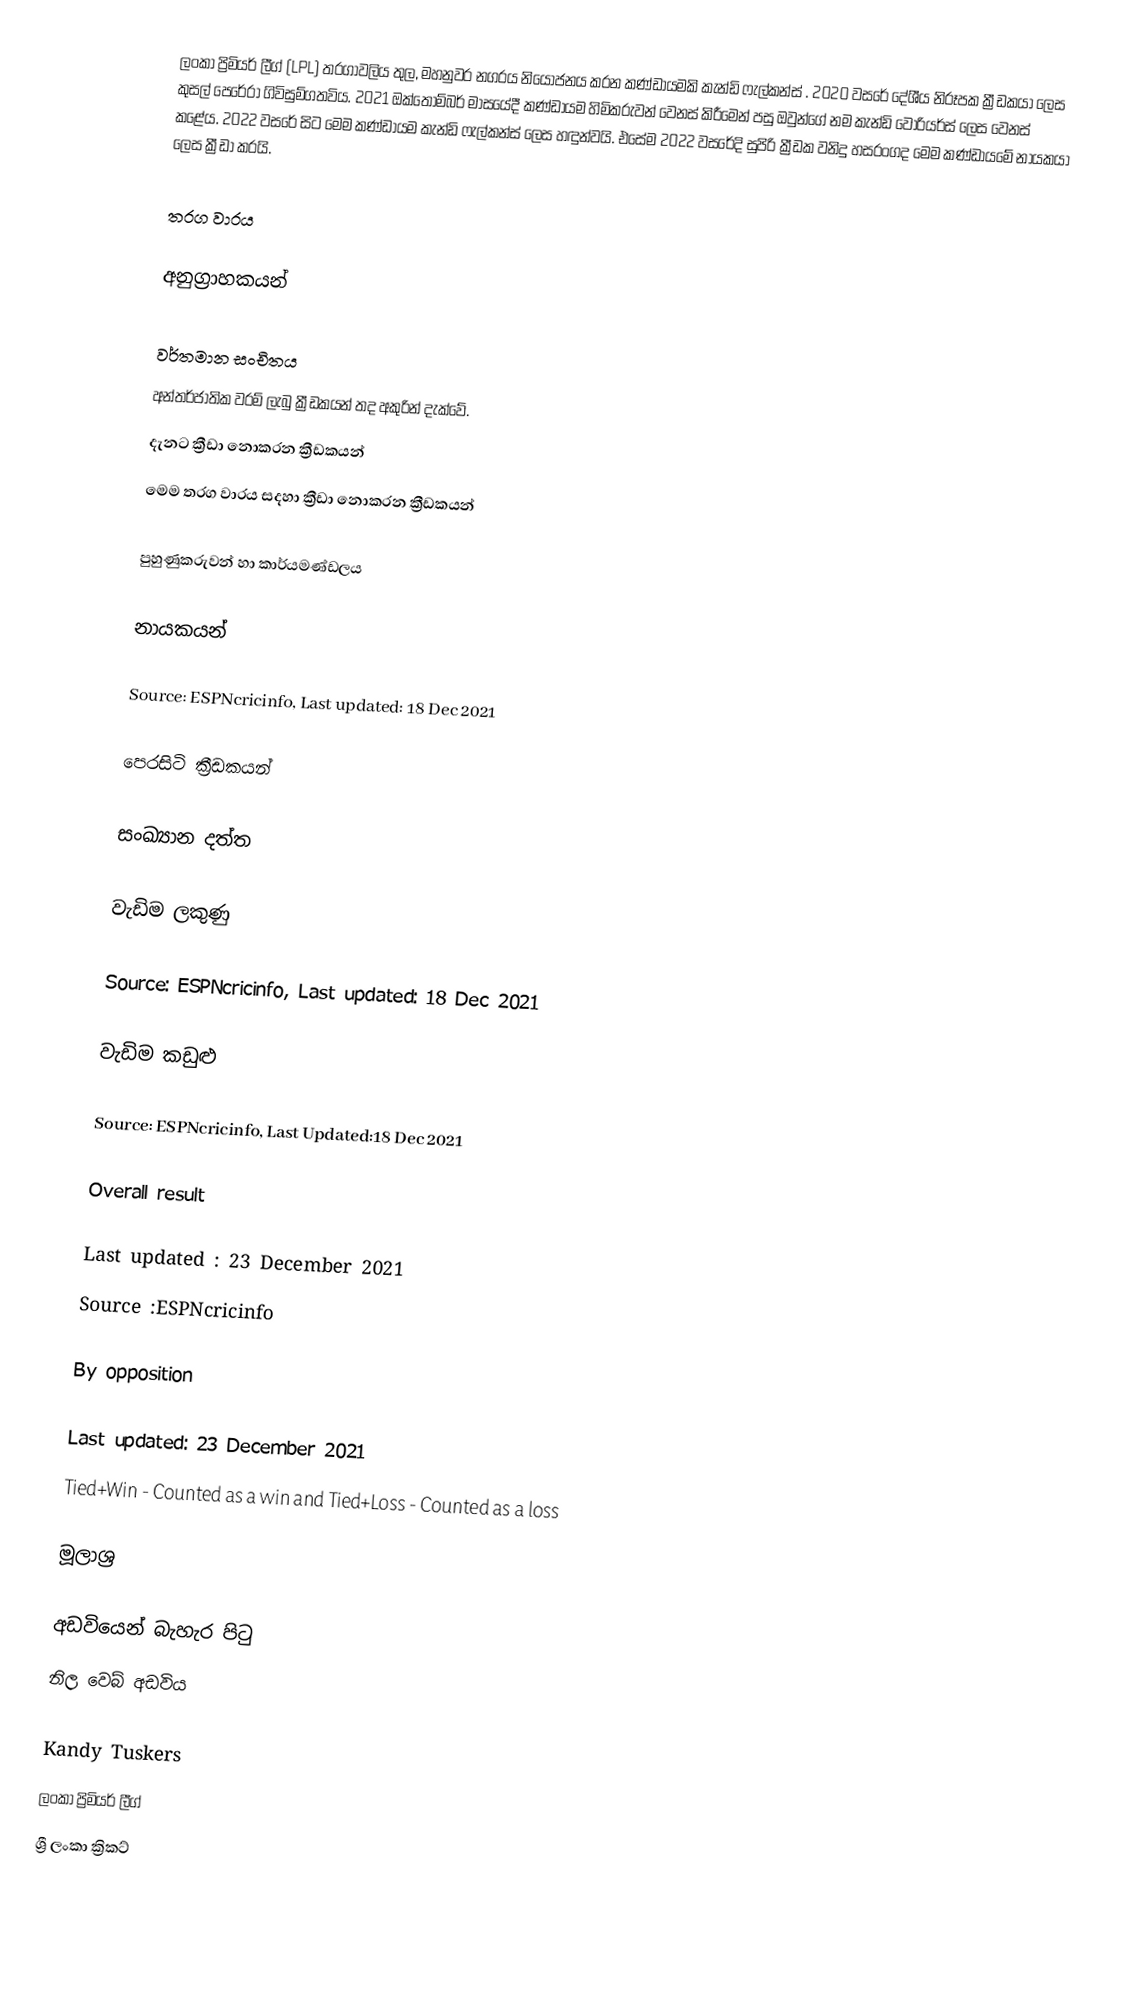
ලංකා ප්‍රිමියර් ලීග් (LPL) තරගාවලිය තුල, මහනුවර නගරය නියෝජනය කරන කණ්ඩායමකි  කැන්ඩි ෆැල්කන්ස් . 2020 වසරේ දේශීය නිරූපක ක්‍රීඩකයා ලෙස කුසල් පෙරේරා ගිවිසුම්ගතවිය.  2021 ඔක්තෝම්බර් මාසයේදී කණ්ඩායම හිමිකරුවන් වෙනස් කිරීමෙන් පසු ඔවුන්ගේ නම කැන්ඩි වොරියර්ස් ලෙස වෙනස් කළේය. 2022  වසරේ සිට මෙම කණ්ඩායම කැන්ඩි ෆැල්කන්ස් ලෙස හඳුන්වයි. එසේම 2022 වසරේදි සුපිරි ක්‍රීඩක වනිදු හසරංගද මෙම කණ්ඩායමේ නායකයා ලෙස ක්‍රීඩා කරයි.

තරග වාරය

අනුග්‍රාහකයන්

වර්තමාන සංචිතය
 අන්තර්ජාතික  වරම් ලැබු ක්‍රීඩකයන් තද අකුරින් දැක්වේ.
  දැනට ක්‍රීඩා නොකරන ක්‍රීඩකයන්
  මෙම තරග වාරය සදහා ක්‍රීඩා නොකරන ක්‍රීඩකයන්

පුහුණුකරුවන් හා කාර්යමණ්ඩලය

නායකයන්

Source: ESPNcricinfo, Last updated: 18 Dec 2021

පෙරසිටි ක්‍රීඩකයන්

සංඛ්‍යාන දත්ත

වැඩිම ලකුණු

Source: ESPNcricinfo, Last updated: 18 Dec 2021

වැඩිම කඩුළු

Source: ESPNcricinfo, Last Updated:18 Dec 2021

Overall result

 Last updated : 23 December 2021
 Source :ESPNcricinfo

By opposition

 Last updated: 23 December 2021
 Tied+Win - Counted as a win and Tied+Loss - Counted as a loss

මූලාශ්‍ර

අඩවියෙන් බැහැර පිටු
නිල වෙබ් අඩවිය

Kandy Tuskers
ලංකා ප්‍රිමියර් ලීග්
ශ්‍රී ලංකා ක්‍රිකට්